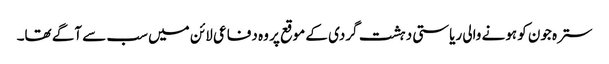
سترہ جون کو ہونے والی ریاستی دہشت گردی کے موقع پر وہ دفاعی لائن میں سب سے آگے تھا۔